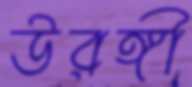
উরঙ্গী